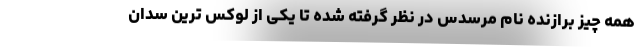
همه چیز برازنده نام مرسدس در نظر گرفته شده تا یکی از لوکس ترین سدان